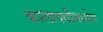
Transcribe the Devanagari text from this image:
कालावधीमध्येच